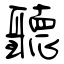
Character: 聽